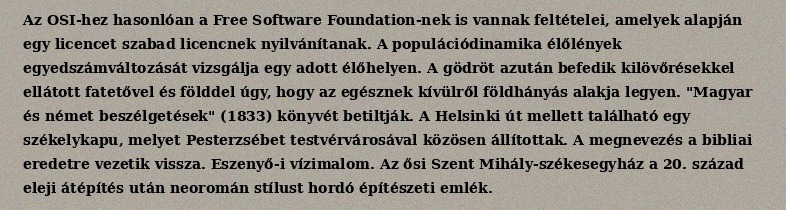
Az OSI-hez hasonlóan a Free Software Foundation-nek is vannak feltételei, amelyek alapján egy licencet szabad licencnek nyilvánítanak. A populációdinamika élőlények egyedszámváltozását vizsgálja egy adott élőhelyen. A gödröt azután befedik kilövőrésekkel ellátott fatetővel és földdel úgy, hogy az egésznek kívülről földhányás alakja legyen. "Magyar és német beszélgetések" (1833) könyvét betiltják. A Helsinki út mellett található egy székelykapu, melyet Pesterzsébet testvérvárosával közösen állítottak. A megnevezés a bibliai eredetre vezetik vissza. Eszenyő-i vízimalom. Az ősi Szent Mihály-székesegyház a 20. század eleji átépítés után neoromán stílust hordó építészeti emlék.